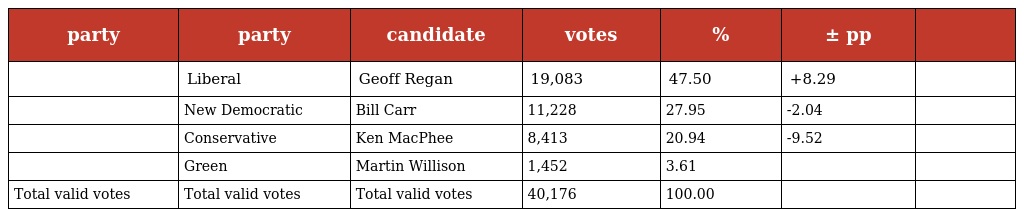
| party | party | candidate | votes | % | ± pp |  |
 | --- | --- | --- | --- | --- | --- | --- |
 |  | Liberal | Geoff Regan | 19,083 | 47.50 | +8.29 |  |
 |  | New Democratic | Bill Carr | 11,228 | 27.95 | -2.04 |  |
 |  | Conservative | Ken MacPhee | 8,413 | 20.94 | -9.52 |  |
 |  | Green | Martin Willison | 1,452 | 3.61 |  |  |
 | Total valid votes | Total valid votes | Total valid votes | 40,176 | 100.00 |  |  |